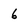
Character: 6